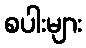
စပါးများ